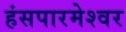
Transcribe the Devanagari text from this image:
हंसपारमेश्वर